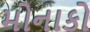
મોનાકો